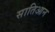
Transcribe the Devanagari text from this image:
सातिआन